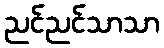
ညင်ညင်သာသာ